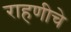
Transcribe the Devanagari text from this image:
राहणीचे